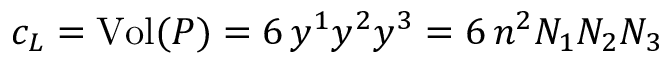
c _ { L } = \mathrm { V o l } ( P ) = 6 \, y ^ { 1 } y ^ { 2 } y ^ { 3 } = 6 \, n ^ { 2 } N _ { 1 } N _ { 2 } N _ { 3 }